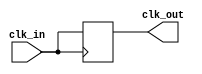
module clock_buffer (
    input wire clk_in,         // Clock input
    output reg clk_out         // Clock output
);

    // Parameter for propagation delay (in simulation time units)
    parameter PROPAGATION_DELAY = 1; // Adjust as needed for your design

    // Buffering logic
    always @(posedge clk_in) begin
        #PROPAGATION_DELAY clk_out <= clk_in; // Propagate the clock with a delay
    end

    // Optionally, you can include a disable feature
    // input wire enable; // Uncomment if you want to add enable functionality
    // always @(posedge clk_in or negedge enable) begin
    //     if (!enable)
    //         clk_out <= 1'b0; // Disable output
    //     else
    //         #PROPAGATION_DELAY clk_out <= clk_in; // Propagate the clock with a delay
    // end

endmodule